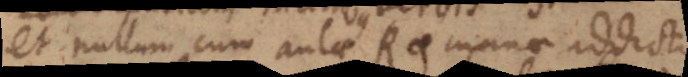
et nullum cum aulae Romanae addictis